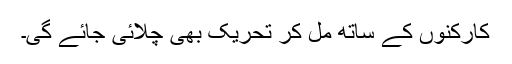
کارکنوں کے ساتھ مل کر تحریک بھی چلائی جائے گی۔